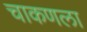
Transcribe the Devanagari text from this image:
चाकणला